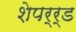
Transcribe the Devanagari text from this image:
शेपर्र्ड